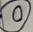
Text: 0